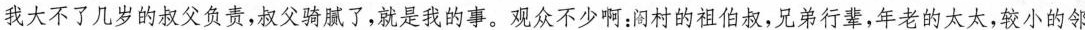
我大不了几岁的叔父负责叔父骑腻了,就是我的事。观众不少啊:间村的祖伯叔,兄弟行辈,年老的太太,较小的邻